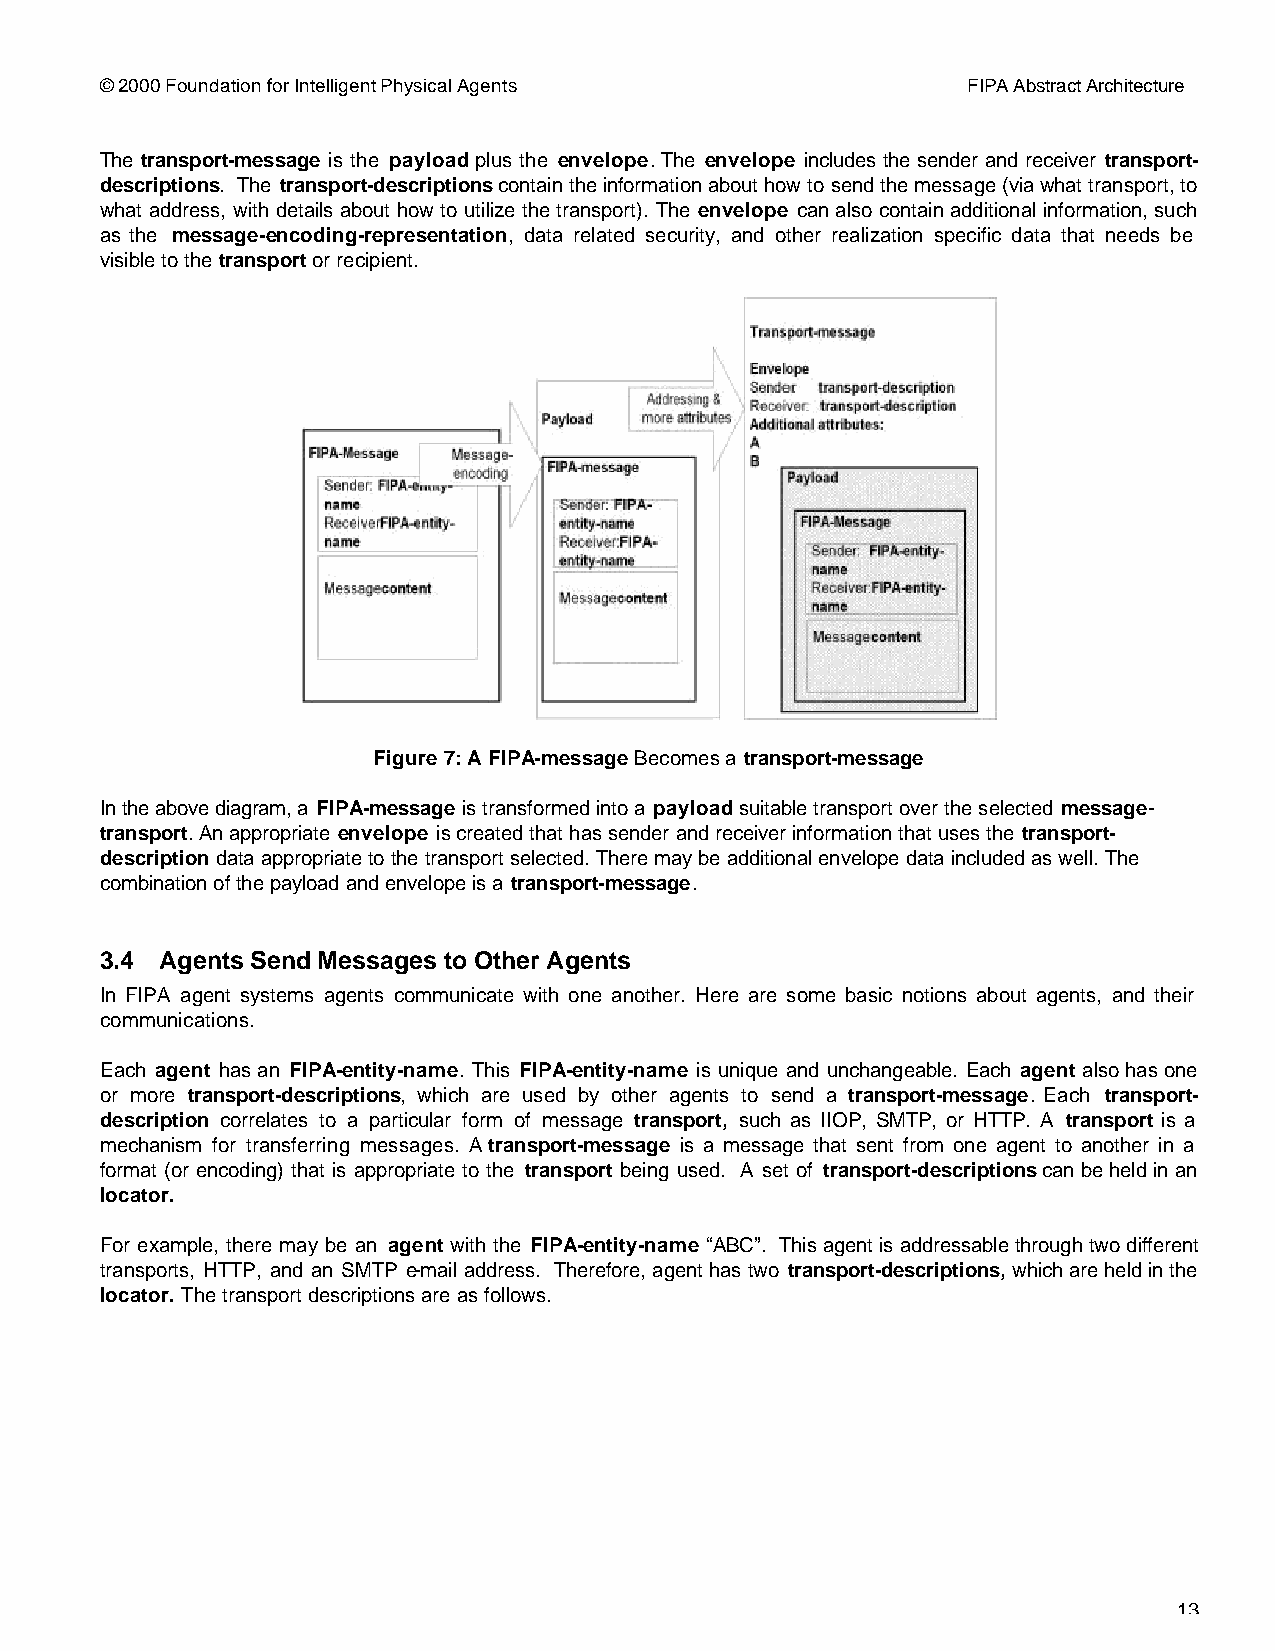
© 2000 Foundation for Intelligent Physical Agents        FIPA Abstract Architecture
 The transport-message is the payload plus the envelope. The envelope includes the sender and receiver transport-
 descriptions. The transport-descriptions contain the information about how to send the message (via what transport, to
 what address, with details about how to utilize the transport). The envelope can also contain additional information, such
 as the message-encoding-representation, data related security, and other realization specific data that needs be
 visible to the transport or recipient.
 Figure 7: A FIPA-message Becomes a transport-message
 In the above diagram, a FIPA-message is transformed into a payload suitable transport over the selected message-
 transport. An appropriate envelope is created that has sender and receiver information that uses the transport-
 description data appropriate to the transport selected. There may be additional envelope data included as well. The
 combination of the payload and envelope is a transport-message.
 3.4 Agents Send Messages to Other Agents
 In FIPA agent systems agents communicate with one another. Here are some basic notions about agents, and their
 communications.
 Each agent has an FIPA-entity-name. This FIPA-entity-name is unique and unchangeable. Each agent also has one
 or more transport-descriptions, which are used by other agents to send a transport-message. Each transport-
 description correlates to a particular form of message transport, such as IIOP, SMTP, or HTTP. A transport is a
 mechanism for transferring messages. A transport-message is a message that sent from one agent to another in a
 format (or encoding) that is appropriate to the transport being used. A set of transport-descriptions can be held in an
 locator.
 For example, there may be an agent with the FIPA-entity-name “ABC”. This agent is addressable through two different
 transports, HTTP, and an SMTP e-mail address. Therefore, agent has two transport-descriptions, which are held in the
 locator. The transport descriptions are as follows.
 13